Civil Veterinary Department Bihar & Orissa reports 1911-21 - 1911-1921
Year: 1911
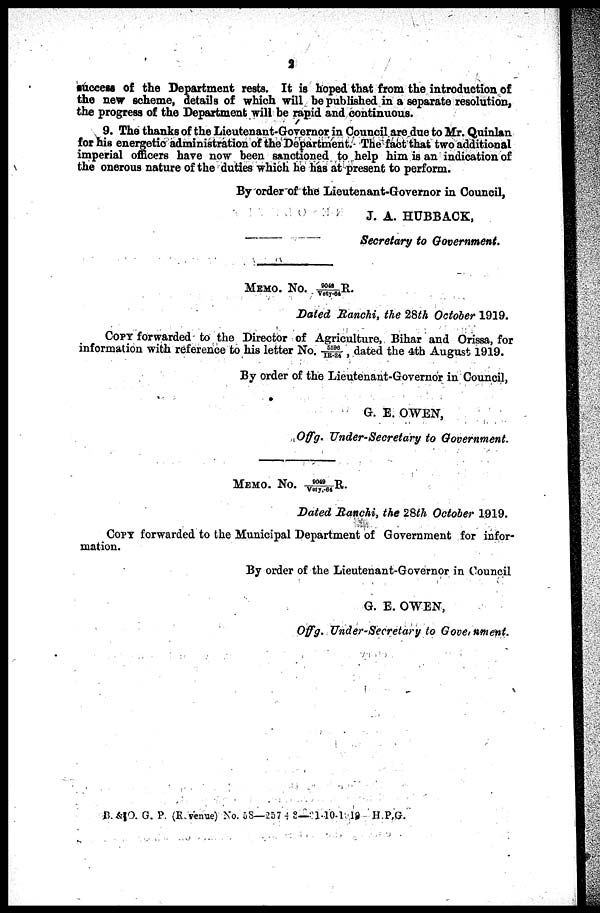
2
auccess of the Department rests. It is hoped that from the introduction of
the new scheme, details of which will he published in a separate resolution,
the progress of the Department will he rapid and continuous.
9. The thanks of the Lieutenant-Governor in Council are due to Mr. Quinlan
for his energetic administration of the Department. The fact that two additional
imperial officers have now been sanctioned to help him is an indication of
the onerous nature of the duties which he has at present to perform.
By order of the Lieutenant-Governor in Council,
J. A. HUBBACK,
Secretary to Government,
MEMO. NO. 9048/Vety-64 R.
Dated Ranchi, the 28th October 1919.
COPY forwarded to the Director of Agriculture, Bihar and Orissa, for
information with reference to his letter No. 5596/IR-24, dated the 4th August 1919.
By order of the Lieutenant-Governor in Council,
G. E. OWEN,
Offg. Under-Secretary to Government.
MEMO. NO. 9049/Vety-64 R.
Dated Ranchi, the 28th October 1919.
COPY forwarded to the Municipal Department of Government for infor-
mation.
By order of the Lieutenant-Governor in Council
G. E. OWEN,
Offg. Under-Secretary to Government.